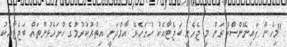
"މިހެން ފައިނޭންސްކުރަން މި ޖެހެނީ ބަޖެޓާއެކު ހުށަހެޅޭ އާމްދަނީ އިތުރުކުރުމުގެ ހުށަހެޅުންތައް ބަޖެޓާއެކު